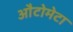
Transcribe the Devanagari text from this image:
औटोमेटा